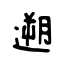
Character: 遡